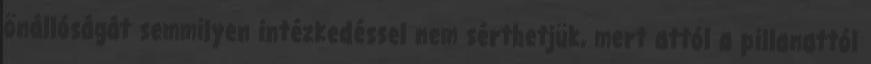
önállóságát semmilyen intézkedéssel nem sérthetjük, mert attól a pillanattól